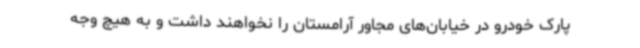
پارک خودرو در خیابان‌های مجاور آرامستان را نخواهند داشت و به هیچ وجه